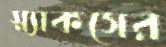
স্ন্যাকসের